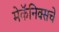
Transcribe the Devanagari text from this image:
मेकॅनिक्सचे